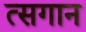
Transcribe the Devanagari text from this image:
त्सगान